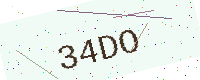
Text: 34DO